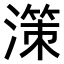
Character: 𣽤